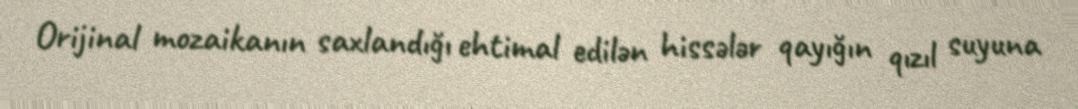
Orijinal mozaikanın saxlandığı ehtimal edilən hissələr qayığın qızıl suyuna